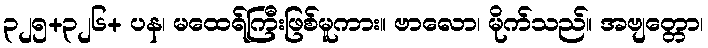
၃၂၅+၃၂၆+ ပန၊ မထေရ်ကြီးဖြစ်မူကား။ ဗာလော၊ မိုက်သည်။ အဗျတ္တော၊